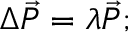
\begin{array} { r } { \Delta \vec { P } = \lambda \vec { P } ; } \end{array}